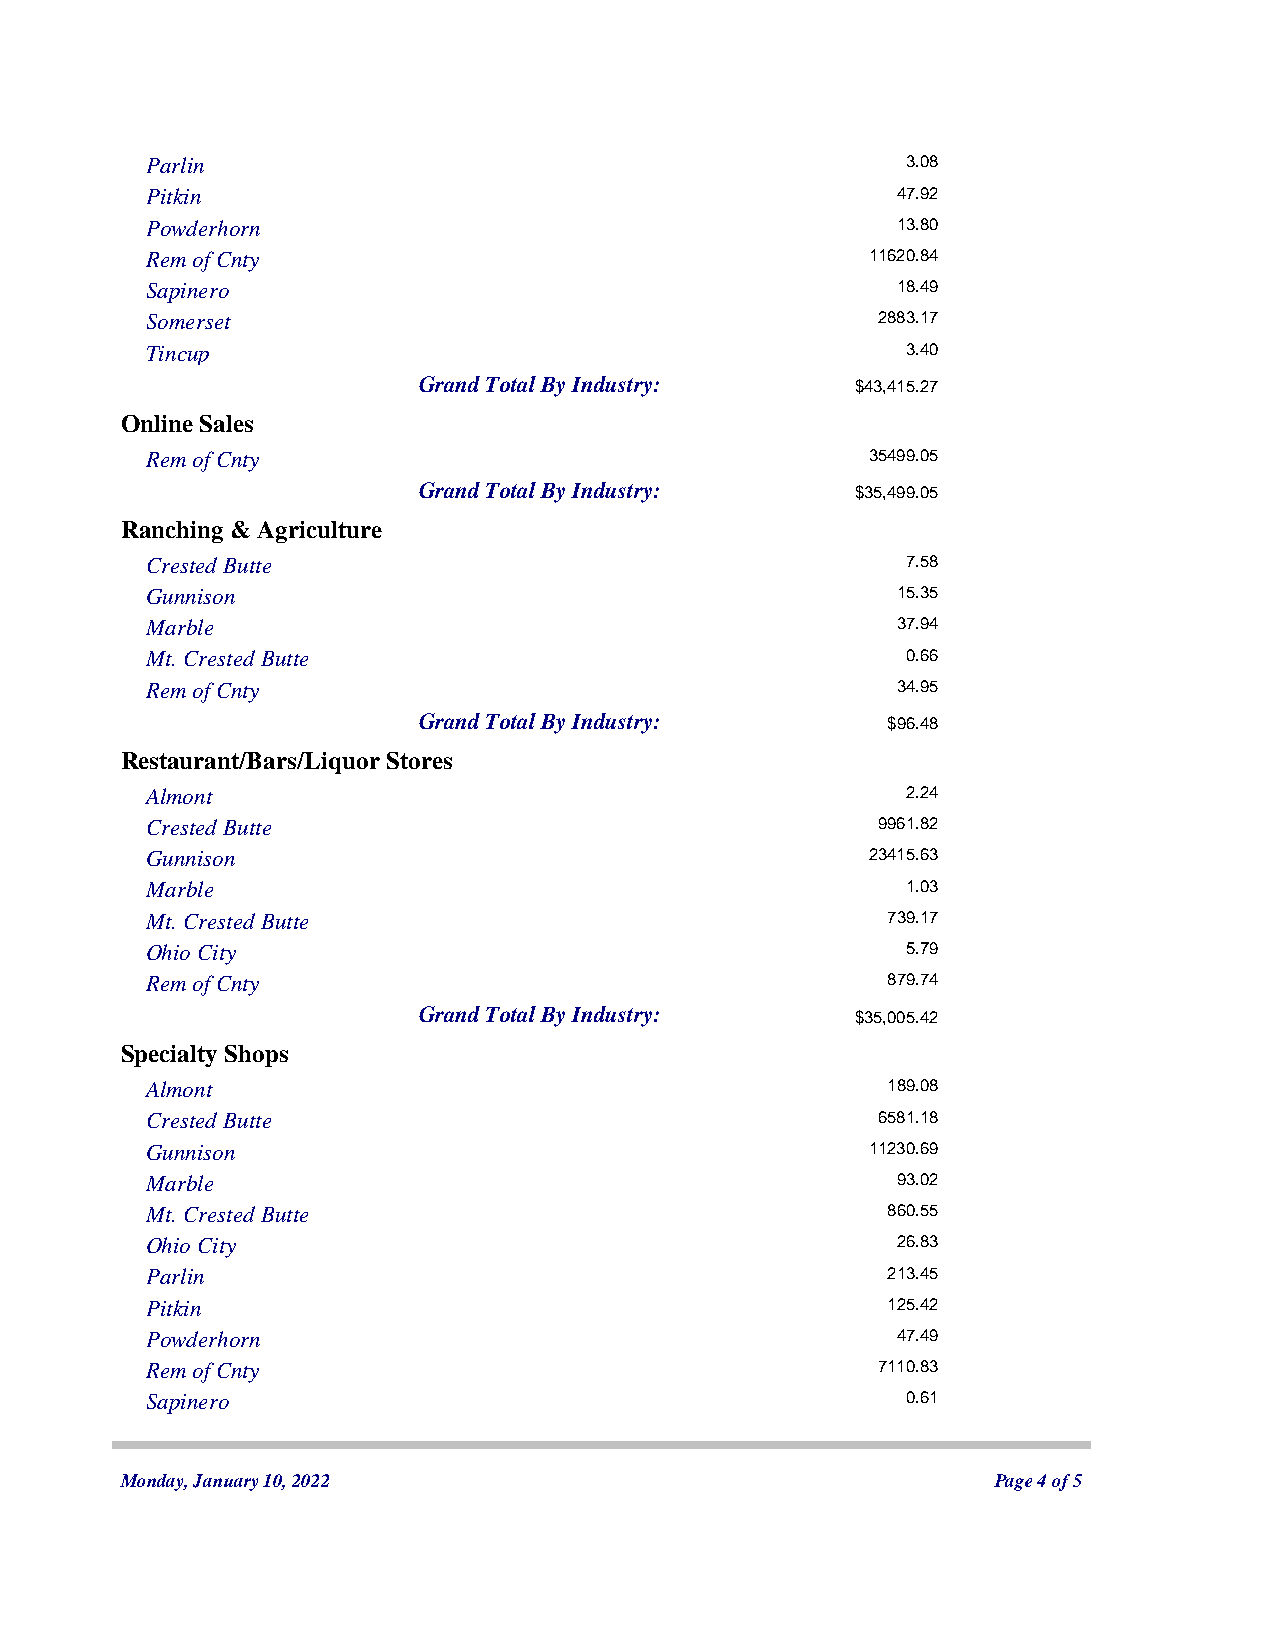
Parlin                                            3.08
 Pitkin                                           47.92
 Powderhorn                                       13.80
 Rem of Cnty                                    11620.84
 Sapinero                                         18.49
 Somerset                                        2883.17
 Tincup                                            3.40
 Grand Total By Industry:     $43,415.27
 Online Sales
 Rem of Cnty                                    35499.05
 Grand Total By Industry:     $35,499.05
 Ranching & Agriculture
 Crested Butte                                     7.58
 Gunnison                                         15.35
 Marble                                           37.94
 Mt. Crested Butte                                 0.66
 Rem of Cnty                                      34.95
 Grand Total By Industry:       $96.48
 Restaurant/Bars/Liquor Stores
 Almont                                            2.24
 Crested Butte                                   9961.82
 Gunnison                                       23415.63
 Marble                                            1.03
 Mt. Crested Butte                                739.17
 Ohio City                                         5.79
 Rem of Cnty                                      879.74
 Grand Total By Industry:     $35,005.42
 Specialty Shops
 Almont                                           189.08
 Crested Butte                                   6581.18
 Gunnison                                       11230.69
 Marble                                           93.02
 Mt. Crested Butte                                860.55
 Ohio City                                        26.83
 Parlin                                           213.45
 Pitkin                                           125.42
 Powderhorn                                       47.49
 Rem of Cnty                                     7110.83
 Sapinero                                          0.61
 Monday, January 10, 2022                                  Page 4 of 5